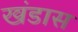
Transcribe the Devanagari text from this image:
खंडास